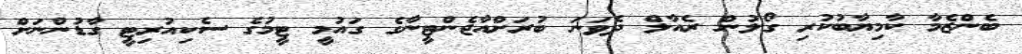
ބެންޒެމާ ކާމިޔާބުކުރި ގޯލުން ރެއާލް ދެވަނަ ބުރަށްއާޖެންޓީނާގެ ގައުމީ ޓީމުގެ ސެކިއުރިޓީ ގާޑުންނަށް